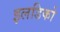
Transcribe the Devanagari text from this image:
इलडिको